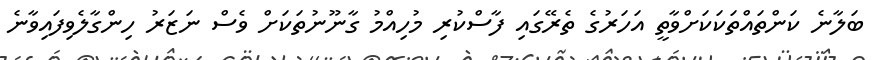
ބަލާނެ ކަންތައްތަކަކަށްވާތީ އަހަރުގެ ތެރޭގައި ފާސްކުރި މުހިއްމު ގާނޫނުތަކަށް ވެސް ނަޒަރު ހިންގާލެވިފައިވާނެ